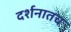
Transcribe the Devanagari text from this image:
दर्शनातच